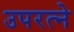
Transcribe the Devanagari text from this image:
उपरत्‍ने